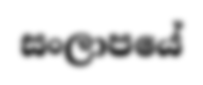
සංලාපයේ